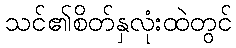
သင်၏စိတ်နှလုံးထဲတွင်